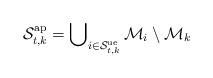
LaTeX: \begin{align*}{{\cal S}}_{t,k}^{{\rm{ap}}} = \bigcup\nolimits_{i \in {{\cal S}}_{t,k}^{\rm ue}} {\cal M}_i \setminus {\cal M}_k\end{align*}